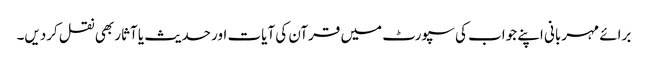
برائے مہربانی اپنے جواب کی سپورٹ میں قرآن کی آیات اور حدیث یا آثار بھی نقل کردیں۔